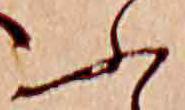
ふ